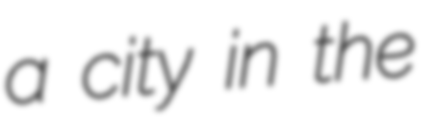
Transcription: a city in the